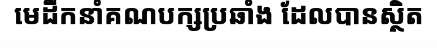
មេដឹកនាំគណបក្សប្រឆាំង ដែលបានស្ថិត